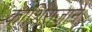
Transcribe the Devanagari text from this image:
काशिराजाने